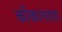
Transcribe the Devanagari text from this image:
कोकानाडा